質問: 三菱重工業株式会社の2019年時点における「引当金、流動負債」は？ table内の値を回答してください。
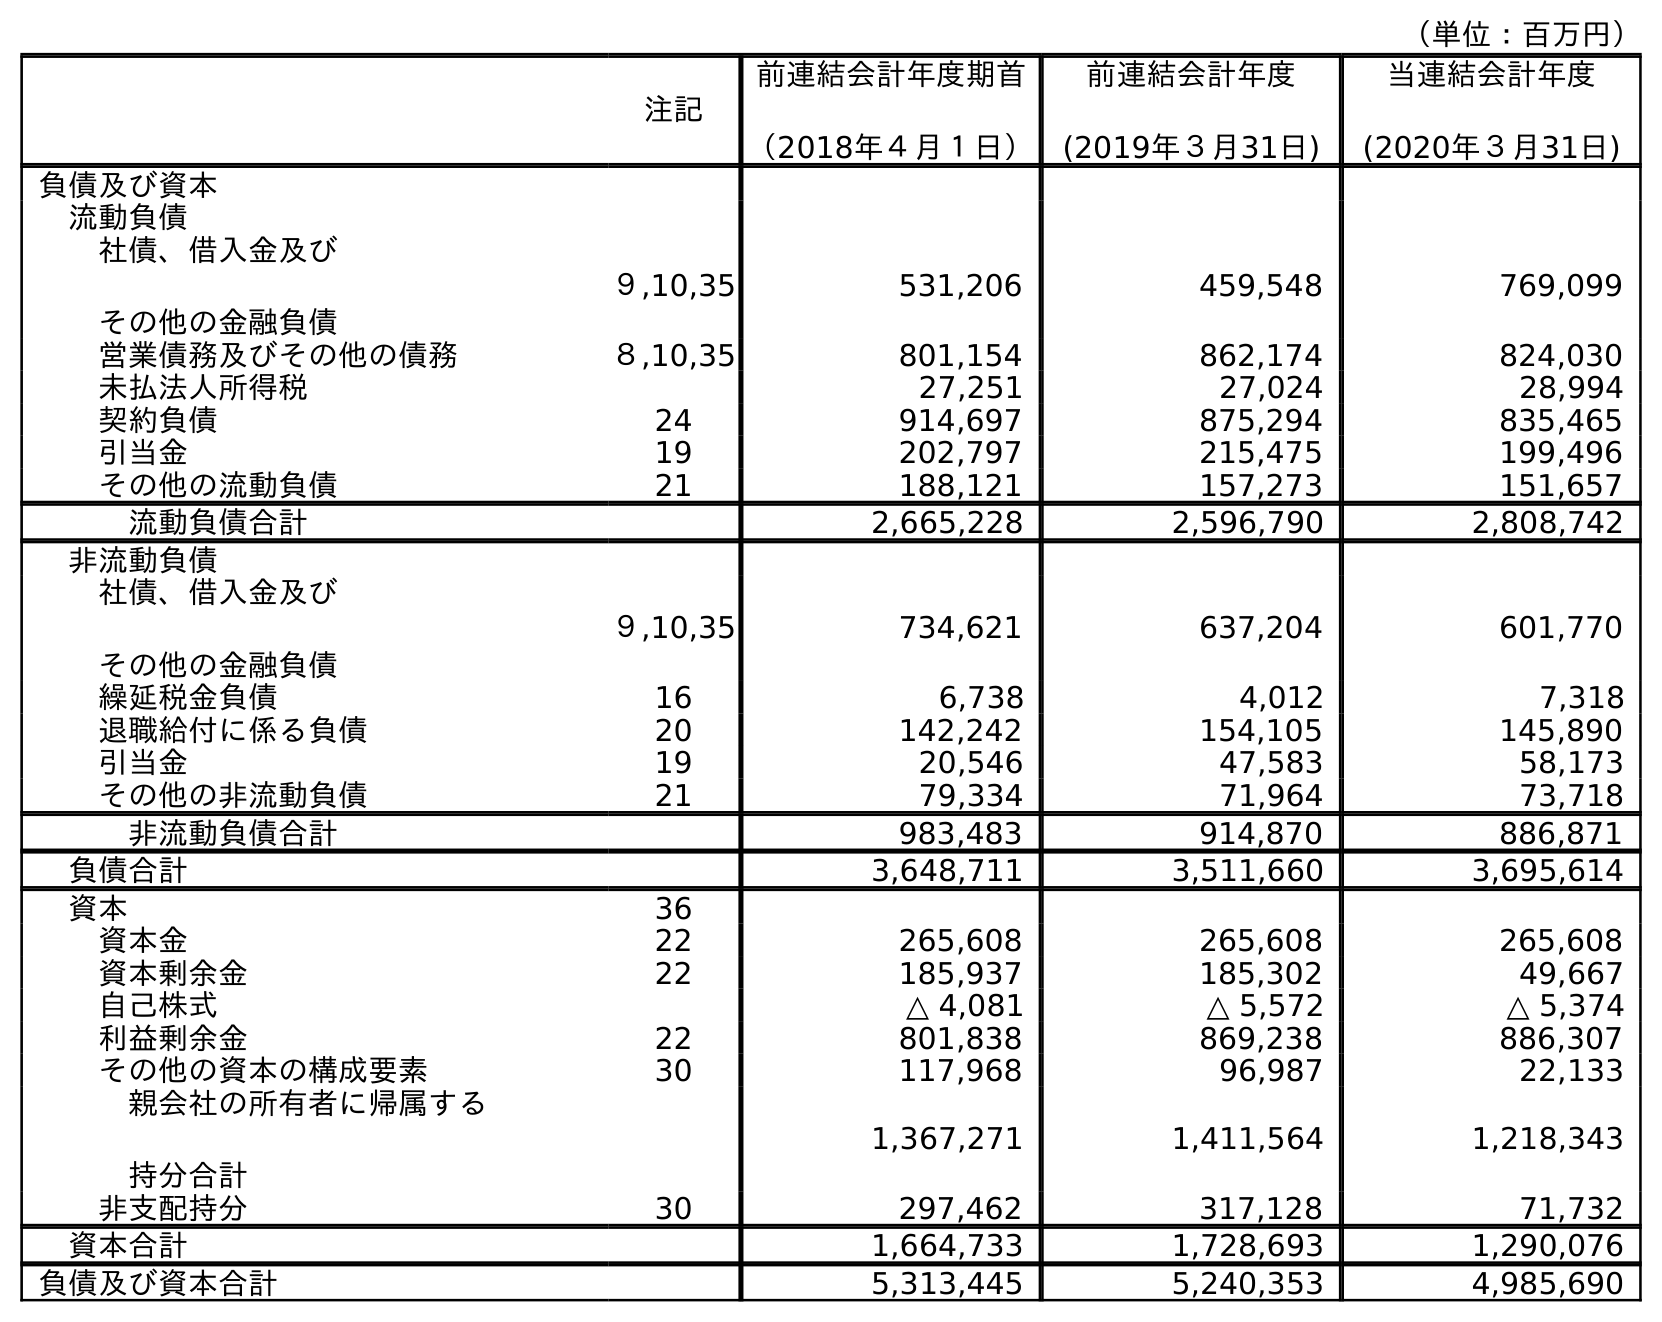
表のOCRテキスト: （単位：百万円） 注記 前連結会計年度期首 （2018年４月１日） 前連結会計年度 (2019年３月31日) 当連結会計年度 (2020年３月31日) 負債及び資本 流動負債 社債、借入金及び その他の金融負債 ９,10,35 531,206 459,548 769,099 営業債務及びその他の債務 ８,10,35 801,154 862,174 824,030 未払法人所得税 27,251 27,024 28,994 契約負債 24 914,697 875,294 835,465 引当金 19 202,797 215,475 199,496 その他の流動負債 21 188,121 157,273 151,657 流動負債合計 2,665,228 2,596,790 2,808,742 非流動負債 社債、借入金及び その他の金融負債 ９,10,35 734,621 637,204 601,770 繰延税金負債 16 6,738 4,012 7,318 退職給付に係る負債 20 142,242 154,105 145,890 引当金 19 20,546 47,583 58,173 その他の非流動負債 21 79,334 71,964 73,718 非流動負債合計 983,483 914,870 886,871 負債合計 3,648,711 3,511,660 3,695,614 資本 36 資本金 22 265,608 265,608 265,608 資本剰余金 22 185,937 185,302 49,667 自己株式 △ 4,081 △ 5,572 △ 5,374 利益剰余金 22 801,838 869,238 886,307 その他の資本の構成要素 30 117,968 96,987 22,133 親会社の所有者に帰属する 持分合計 1,367,271 1,411,564 1,218,343 非支配持分 30 297,462 317,128 71,732 資本合計 1,664,733 1,728,693 1,290,076 負債及び資本合計 5,313,445 5,240,353 4,985,690
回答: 215,475